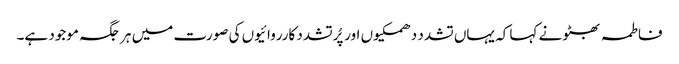
فاطمہ بھٹو نے کہا کہ یہاں تشدد دھمکیوں اور پُرتشدد کارروائیوں کی صورت میں ہر جگہ موجود ہے۔